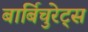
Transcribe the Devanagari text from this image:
बार्बिचुरेट्स